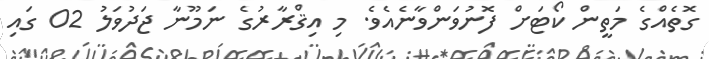
ގޮތެއްގެ މަތީން ކޯޓަށް ފޮނުވަންވާނެއެވެ. މި އިޤްރާރުގެ ނަމޫނާ ޖަދުވަލު 02 ގައި